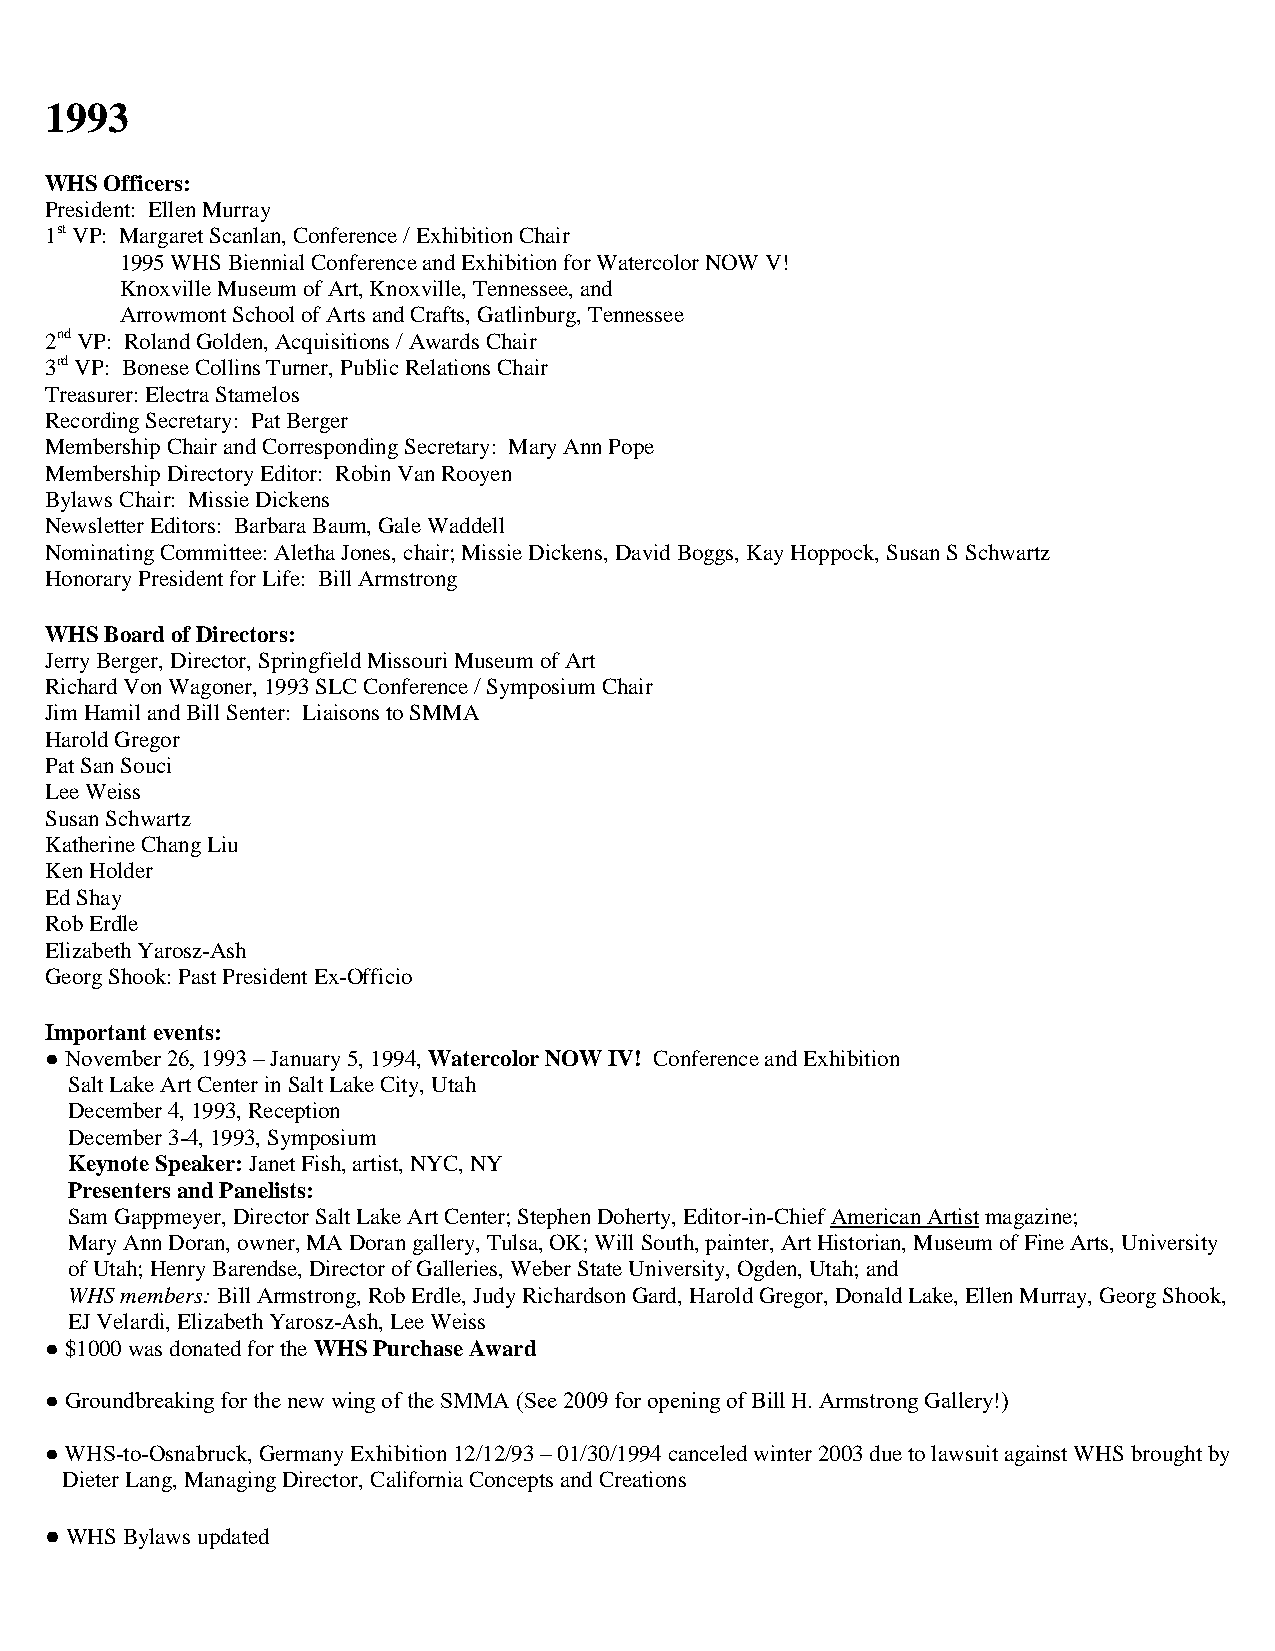
1993
 WHS Officers:
 President: Ellen Murray
 1st VP: Margaret Scanlan, Conference / Exhibition Chair
 1995 WHS Biennial Conference and Exhibition for Watercolor NOW V!
 Knoxville Museum of Art, Knoxville, Tennessee, and
 Arrowmont School of Arts and Crafts, Gatlinburg, Tennessee
 2nd VP: Roland Golden, Acquisitions / Awards Chair
 3rd VP: Bonese Collins Turner, Public Relations Chair
 Treasurer: Electra Stamelos
 Recording Secretary: Pat Berger
 Membership Chair and Corresponding Secretary: Mary Ann Pope
 Membership Directory Editor: Robin Van Rooyen
 Bylaws Chair: Missie Dickens
 Newsletter Editors: Barbara Baum, Gale Waddell
 Nominating Committee: Aletha Jones, chair; Missie Dickens, David Boggs, Kay Hoppock, Susan S Schwartz
 Honorary President for Life: Bill Armstrong
 WHS Board of Directors:
 Jerry Berger, Director, Springfield Missouri Museum of Art
 Richard Von Wagoner, 1993 SLC Conference / Symposium Chair
 Jim Hamil and Bill Senter: Liaisons to SMMA
 Harold Gregor
 Pat San Souci
 Lee Weiss
 Susan Schwartz
 Katherine Chang Liu
 Ken Holder
 Ed Shay
 Rob Erdle
 Elizabeth Yarosz-Ash
 Georg Shook: Past President Ex-Officio
 Important events:
 ● November 26, 1993 – January 5, 1994, Watercolor NOW IV! Conference and Exhibition
 Salt Lake Art Center in Salt Lake City, Utah
 December 4, 1993, Reception
 December 3-4, 1993, Symposium
 Keynote Speaker: Janet Fish, artist, NYC, NY
 Presenters and Panelists:
 Sam Gappmeyer, Director Salt Lake Art Center; Stephen Doherty, Editor-in-Chief American Artist magazine;
 Mary Ann Doran, owner, MA Doran gallery, Tulsa, OK; Will South, painter, Art Historian, Museum of Fine Arts, University
 of Utah; Henry Barendse, Director of Galleries, Weber State University, Ogden, Utah; and
 WHS members: Bill Armstrong, Rob Erdle, Judy Richardson Gard, Harold Gregor, Donald Lake, Ellen Murray, Georg Shook,
 EJ Velardi, Elizabeth Yarosz-Ash, Lee Weiss
 ● $1000 was donated for the WHS Purchase Award
 ● Groundbreaking for the new wing of the SMMA (See 2009 for opening of Bill H. Armstrong Gallery!)
 ● WHS-to-Osnabruck, Germany Exhibition 12/12/93 – 01/30/1994 canceled winter 2003 due to lawsuit against WHS brought by
 Dieter Lang, Managing Director, California Concepts and Creations
 ● WHS Bylaws updated